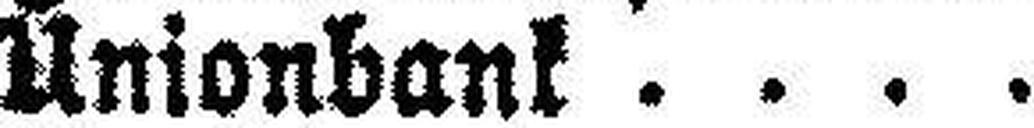
Unionbank